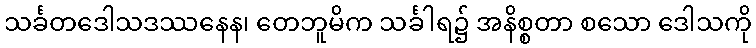
သင်္ခတဒေါသဒဿနေန၊ တေဘူမိက သင်္ခါရ၌ အနိစ္စတာ စသော ဒေါသကို